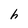
Character: h